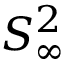
S _ { \infty } ^ { 2 }